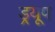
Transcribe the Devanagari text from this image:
ड्रयूप